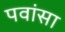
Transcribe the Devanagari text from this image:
पवांसा